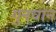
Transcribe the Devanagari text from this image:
गुनवान